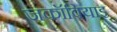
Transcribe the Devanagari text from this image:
जकॉबियाइ